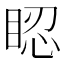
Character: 𥆾